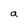
Character: a